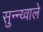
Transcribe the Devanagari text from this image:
सुन्न्य्वाले